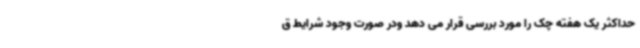
حداکثر یک هفته چک را مورد بررسی قرار می دهد ودر صورت وجود شرایط ق